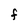
Character: F